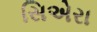
સિએરા